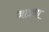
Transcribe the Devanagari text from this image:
जाड्या